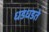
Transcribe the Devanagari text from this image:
धडधडते